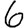
Digit: 6